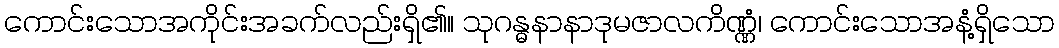
ကောင်းသောအကိုင်းအခက်လည်းရှိ၏။ သုဂန္ဓနာနာဒုမဇာလကိဏ္ဏံ၊ ကောင်းသောအနံ့ရှိသော